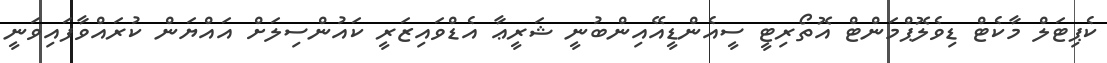
ކެޕިޓަލް މާކެޓް ޑިވެލޮޕްމަންޓް އޮތޯރިޓީ ސީއެންޑީއޭއިންބުނީ ޝަރީޢާ އެޑްވައިޒަރީ ކައުންސިލަށް އައްޔަން ކުރައްވާފައިވަނީ